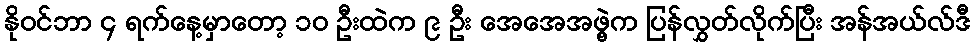
နိုဝင်ဘာ ၄ ရက်နေ့မှာတော့ ၁၀ ဦးထဲက ၉ ဦး အေအေအဖွဲ့က ပြန်လွှတ်လိုက်ပြီး အန်အယ်လ်ဒီ